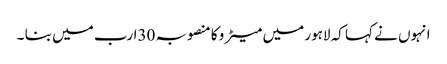
انہوں نے کہا کہ لاہور میں میٹر و کا منصوبہ 30ارب میں بنا ۔